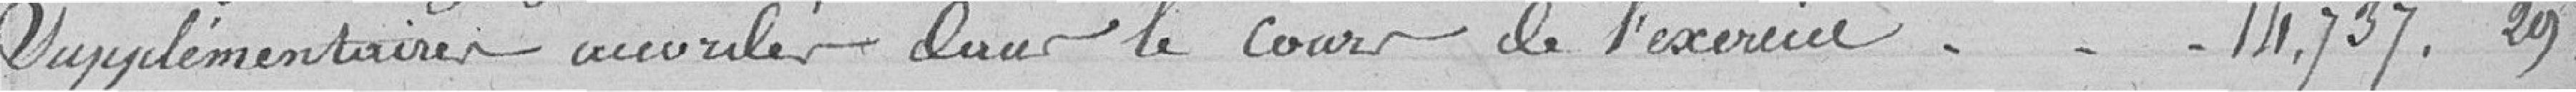
supplémentaires accordées dans le cours de l'exercice  14 737,29